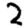
Digit: 2